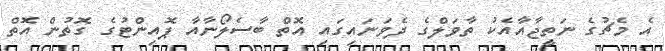
އެ މެޗުގެ ނަތީޖާއާއެކު ތާވަލްގެ ދެވަނައިގައި އޮތް ބާސެލޯނާއާ ޕޮއިންޓުގެ ގޮތުން އޮތް